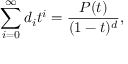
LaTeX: \sum _ { i = 0 } ^ { \infty } d _ { i } t ^ { i } = { \frac { P ( t ) } { ( 1 - t ) ^ { d } } } ,